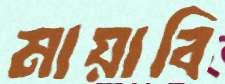
মায়াবি